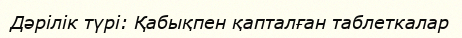
Дәрілік түрі: Қабықпен қапталған таблеткалар